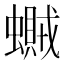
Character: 𧒿